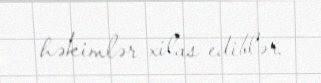
həkimlər xilas ediblər.